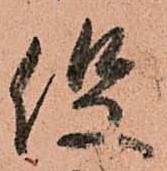
役